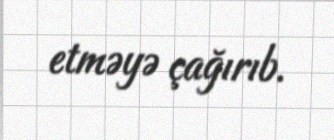
etməyə çağırıb.